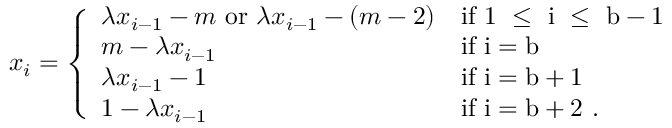
x _ { i } = \left\{ \begin{array} { l l } { \lambda x _ { i - 1 } - m \ \mathrm { o r } \ \lambda x _ { i - 1 } - ( m - 2 ) } & { \mathrm { i f ~ 1 ~ \leq ~ i ~ \leq ~ b - 1 ~ } } \\ { m - \lambda x _ { i - 1 } } & { \mathrm { i f ~ i = b ~ } } \\ { \lambda x _ { i - 1 } - 1 } & { \mathrm { i f ~ i = b + 1 ~ } } \\ { 1 - \lambda x _ { i - 1 } } & { \mathrm { i f ~ i = b + 2 ~ . } } \end{array} \right.